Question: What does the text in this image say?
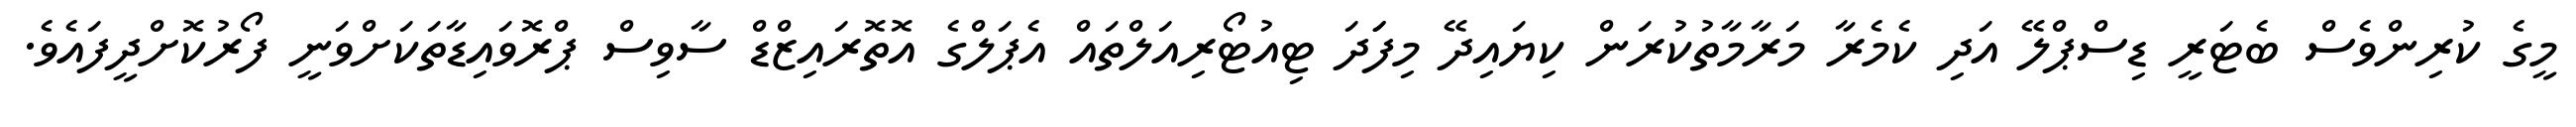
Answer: މީގެ ކުރިންވެސް ބެޓަރީ ޑިސްޕްލޭ އަދި ކެމެރާ މަރާމާތުކުރަން ކިޔައިދޭ މިފަަދަ ޓިއުޓޯރިއަލްތައް އެޕަލްގެ އޮތޮރައިޒްޑް ސާވިސް ޕްރޮވައިޑާތަކަށްވަނީ ފޯރުކޮށްދީފައެވެ.